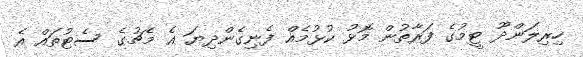
ހިރިލަންދޫ ޓީމުގެ ފަރާތުން މޮޅު ކުޅުމެއް ފެނިގެންދިޔަ އެ މެޗުގެ ސެޓުތައް އެ